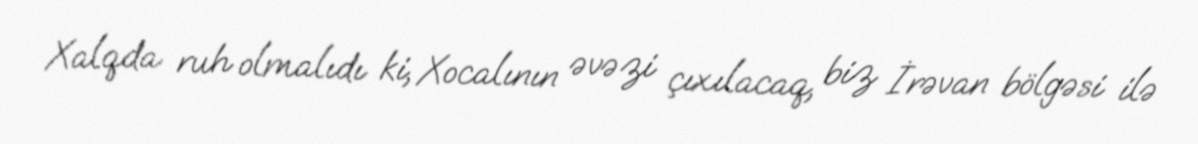
Xalqda ruh olmalıdı ki, Xocalının əvəzi çıxılacaq, biz İrəvan bölgəsi ilə